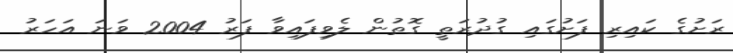
ރަށުގެ ކައިރި ފަށުގައި ގުދުރަތީ ގޮތުން ލެވިފައިވާ ފަރު 2004 ވަނަ އަހަރު